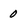
Character: 0